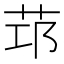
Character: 𦭭